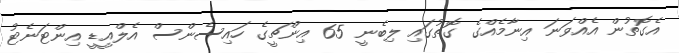
އެގޮތުން އެއްވަނަ އިނާމެއްގެ ގޮތުގައި ލިބެނީ 65 އިންޗީގެ ހައިސެންސް އެލްއީޑީ އިންޓަނެޓު